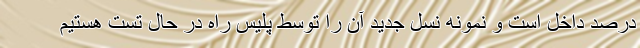
درصد داخل است و نمونه نسل جدید آن را توسط پلیس راه در حال تست هستیم